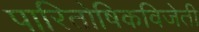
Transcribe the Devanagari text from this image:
पारितोषिकविजेती